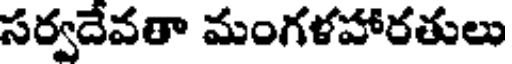
సర్వదేవతా మంగళహారతులు